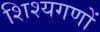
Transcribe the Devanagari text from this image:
शिश्यगणों